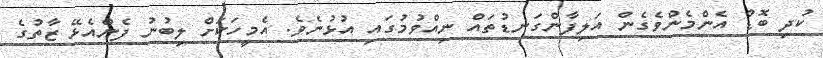
ކުދި ބޮޑު އެންމެންވެގެން އަލިފާންގަނޑުތަައް ނިއްވުމުގައި އުޅުނެވެ. އެމީހަކަށް ލިބުނު ފެންއެޅޭ ޒާތުގެ